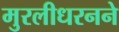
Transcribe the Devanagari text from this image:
मुरलीधरनने